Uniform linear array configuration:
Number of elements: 8
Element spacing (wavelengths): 0.5
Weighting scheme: binomial
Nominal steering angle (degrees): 0
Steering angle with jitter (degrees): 0.06121
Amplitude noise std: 0.05
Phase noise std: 0.05

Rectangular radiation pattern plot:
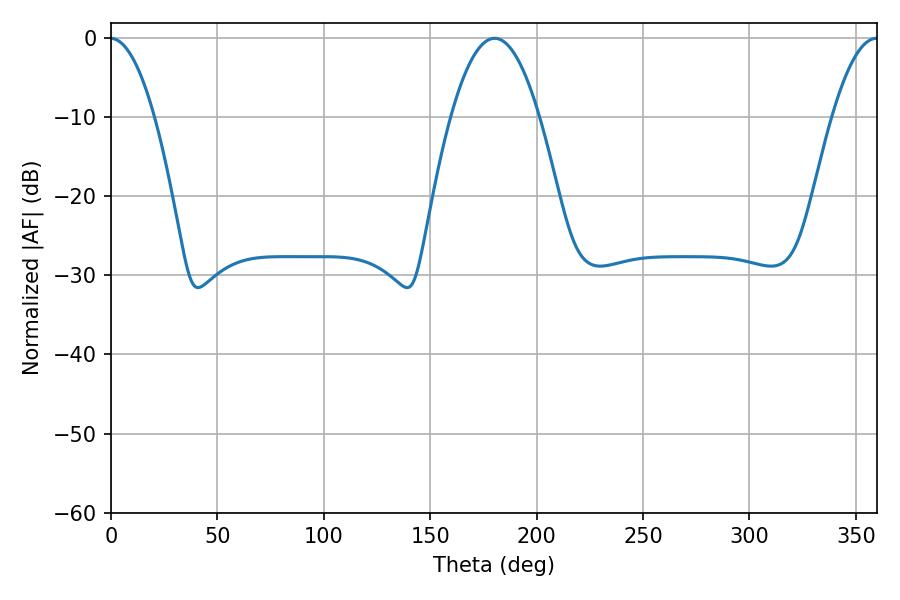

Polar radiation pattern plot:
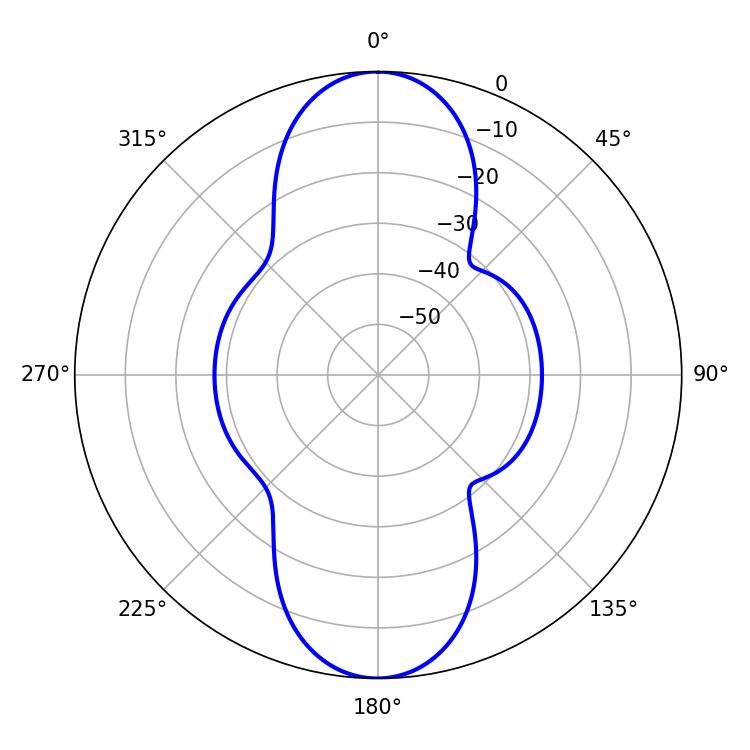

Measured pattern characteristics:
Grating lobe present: FALSE
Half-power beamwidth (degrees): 22.86
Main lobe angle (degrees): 180.18